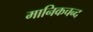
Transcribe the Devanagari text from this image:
मानिकचन्द